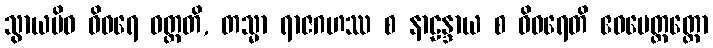
သွာယမိဓ ဝိဝရေ ဝတ္တတိ, တသ္မာ ရာဇဂဟဿ စ နာဠန္ဒာယ စ ဝိဝရေတိ ဧဝမေတ္ထတ္ထော